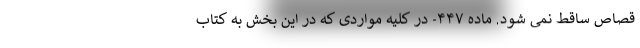
قصاص ساقط نمی شود. ماده ۴۴۷- در کلیه مواردی که در این بخش به کتاب